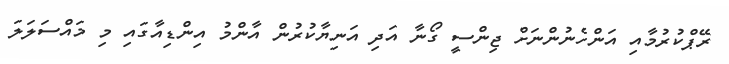
ރޭޕްކުރުމާއި އަންހެނުންނަށް ޖިންސީ ގޯނާ އަދި އަނިޔާކުރުން އާންމު އިންޑިއާގައި މި މައްސަލަލަ